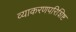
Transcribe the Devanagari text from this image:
व्याकरणपरिशिष्ट